Malaria in India - Number 2
Disease focus: Malaria
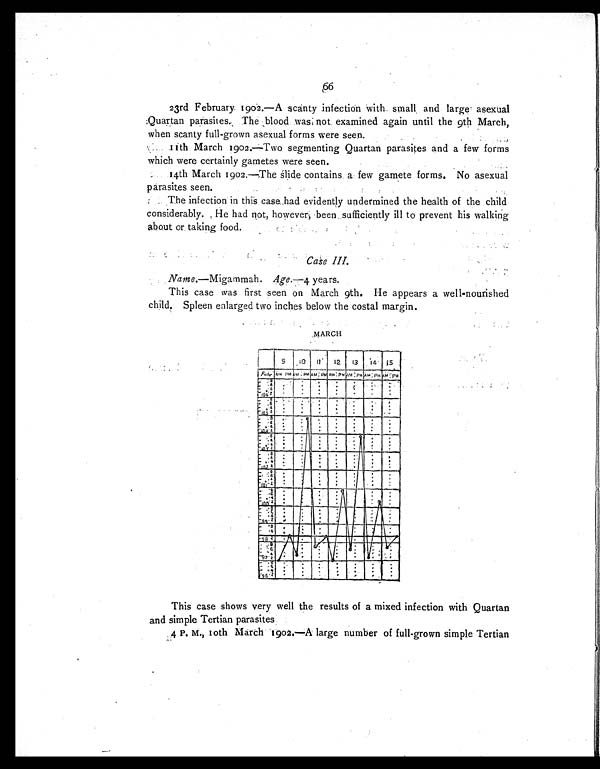
66
23rd February 1902.—A scanty infection with small and large asexual
Quartan parasites. The blood was not examined again until the 9th March,
when scanty full-grown asexual forms were seen.
.
11th March 1902.—Two segmenting Quartan parasites and a few forms
which were certainly gametes were seen.
.
14th March 1902.—The slide contains a few gamete forms. No asexual
parasites seen.
The infection in this case had evidently undermined the health of the child
considerably. He had not, however, been sufficiently ill to prevent his walking
about or taking food.
Case III.
Name.—Migammah. Age—4 years.
This case was first seen on March 9th. He appears a well-nourished
child. Spleen enlarged two inches below the costal margin.
MARCH
This case shows very well the results of a mixed infection with Quartan
and simple Tertian parasites
4 P. M., 10th March 1902.—A large number of full-grown simple Tertian